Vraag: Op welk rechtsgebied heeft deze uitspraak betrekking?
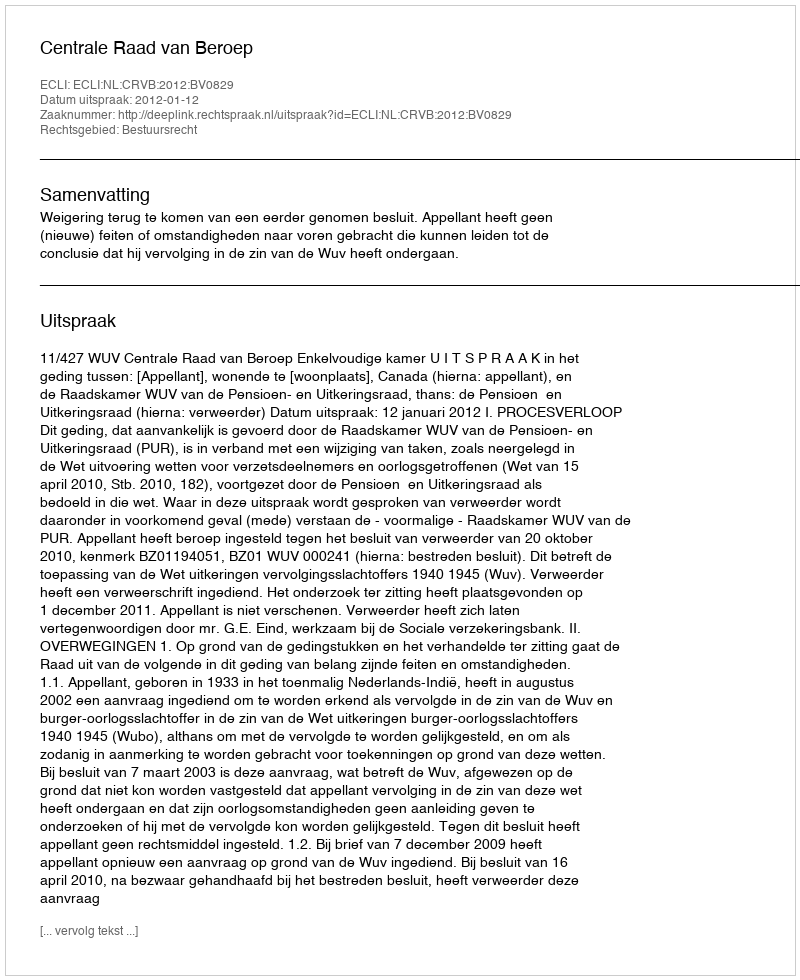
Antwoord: Bestuursrecht